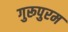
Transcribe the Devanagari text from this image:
गुरूपुरम